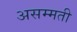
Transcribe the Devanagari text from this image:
असम्मती